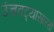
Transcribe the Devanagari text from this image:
उंचवट्यासारखे